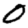
Digit: 0